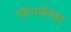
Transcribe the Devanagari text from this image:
परिचालिका